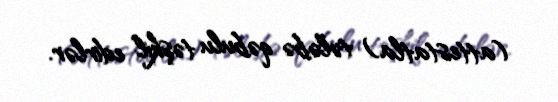
(attestatla) tələbə qəbulu təşkil edirlər.